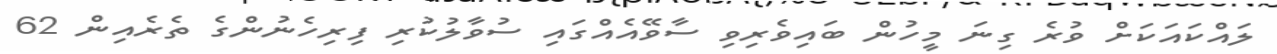
ލައްކައަކަށް ވުރެ ގިނަ މީހުން ބައިވެރިވި ސާވޭއެއްގައި ސުވާލުކުރި ފިރިހެނުންގެ ތެރެއިން 62